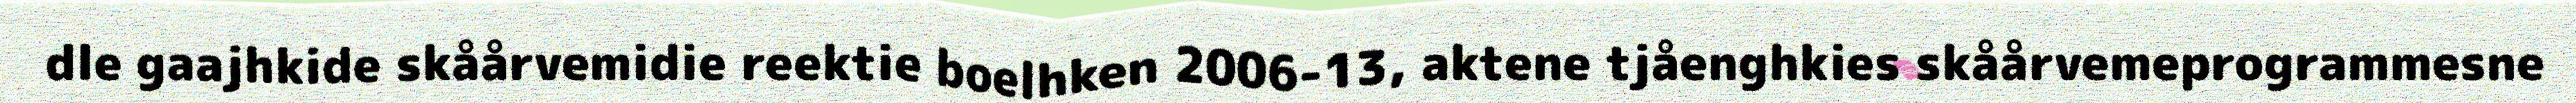
dle gaajhkide skåårvemidie reektie boelhken 2006-13, aktene tjåenghkies skåårvemeprogrammesne